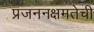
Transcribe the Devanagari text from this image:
प्रजननक्षमतेची